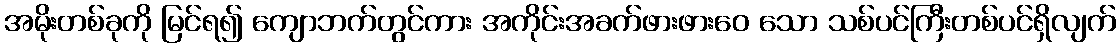
အမိုးတစ်ခုကို မြင်ရ၍ ကျောဘက်တွင်ကား အကိုင်းအခက်ဖားဖားဝေ သော သစ်ပင်ကြီးတစ်ပင်ရှိလျက်